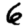
Digit: 6